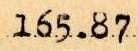
165.87